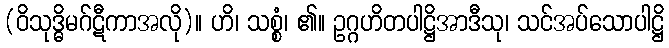
(ဝိသုဒ္ဓိမဂ်ဋီကာအလို)။ ဟိ၊ သစ္စံ၊ ၏။ ဥဂ္ဂဟိတပါဋ္ဌိအာဒီသု၊ သင်အပ်သောပါဋ္ဌိ